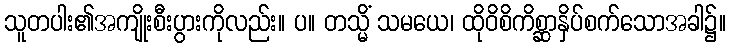
သူတပါး၏အကျိုးစီးပွားကိုလည်း။ ပ။ တသ္မိံ သမယေ၊ ထိုဝိစိကိစ္ဆာနှိပ်စက်သောအခါ၌။